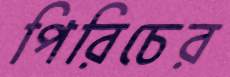
পিরিচের